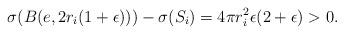
LaTeX: \begin{align*}\sigma(B(e, 2r_i (1+\epsilon)))- \sigma(S_i)= 4\pi r_i^2 \epsilon (2+\epsilon)>0.\end{align*}